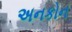
અનકોન